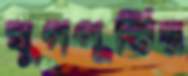
যুগপূর্তির